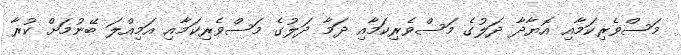
މަސްވެރިކަމާއި އޮޔާދާ ދަލުގެ މަސްވެރިކަމާއި ދަމާ ދަލުގެ މަސްވެރިކަމާއި އަމިއްލަ ބޭނުމަށް ކުރާ